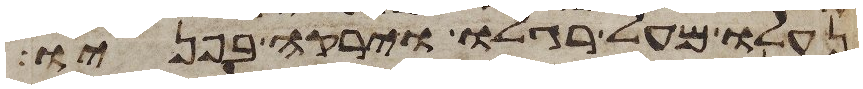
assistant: נעלו מעל רגלו וירקה בפניו